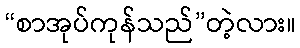
“စာအုပ်ကုန်သည်”တဲ့လား။